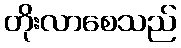
တိုးလာစေသည်